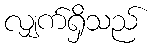
လျှက်ရှိသည်